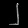
Digit: ၂